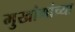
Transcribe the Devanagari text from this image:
मुखांगांच्या